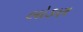
લોડણ